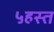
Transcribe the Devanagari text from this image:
५हस्त